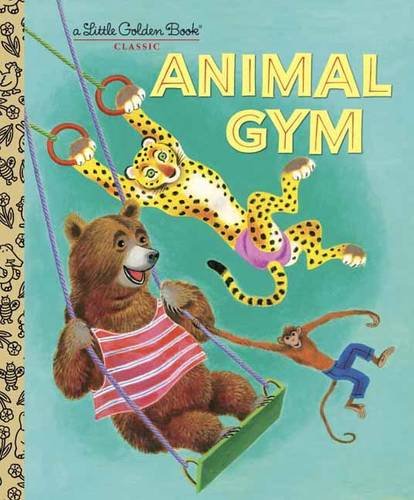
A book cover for Animal Gym (Little Golden Book); Beth Greiner Hoffman; Children's Books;